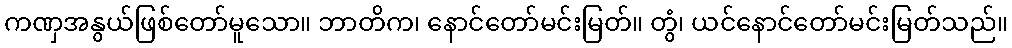
ကဏှအနွယ်ဖြစ်တော်မူသော။ ဘာတိက၊ နောင်တော်မင်းမြတ်။ တွံ၊ ယင်နောင်တော်မင်းမြတ်သည်။